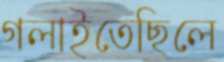
গলাইতেছিলে